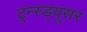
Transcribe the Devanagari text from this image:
ट्रन्स्ड्यूसर